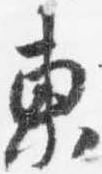
東